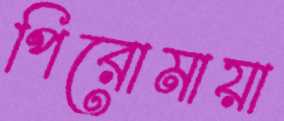
পিরোমায়া